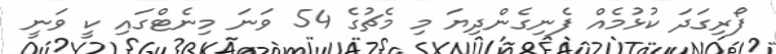
ފޯރިގަދަ ކުޅުމެއް ފެނިގެންދިޔަ މި މެޗުގެ 54 ވަނަ މިނެޓްގައި ކީ ވަނީ